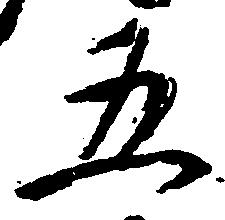
五